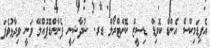
އެޕިޑަމިކްސް އެންޑް ކޮވިޑް ޑިސީޒް ކޮންޓްރޯލް ޑރ. ޝުދާޝިނީ ފެނާންޑޮޕުއްލޭ ވަނީ ވިދާޅުވެފަ